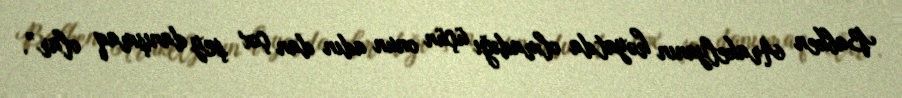
Babken Arakelyanın həyatda olmadığı üçün onun adın dan çox şey danışmaq olar”.